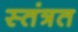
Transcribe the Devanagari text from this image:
स्‍तंत्रत